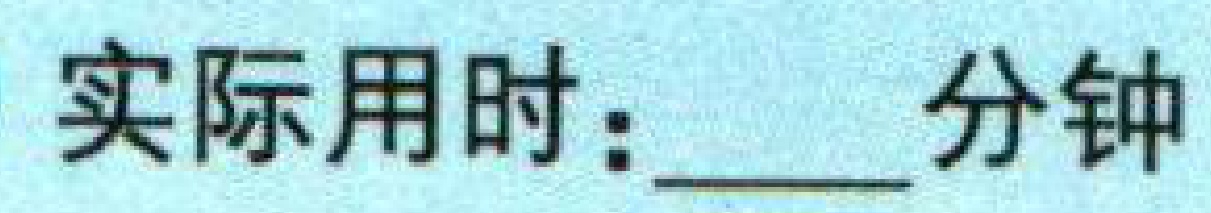
实际用时：\underline{\qquad}分钟